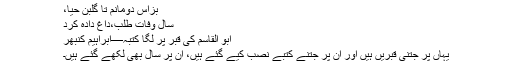
بزاس دومانم تا گلبن حیا،
سال وفات طلب،داغ دادہ کرد
ابو القاسم کی قبر پر لگا کتبہ—ابراہیم کنبھر
یہاں پر جتنی قبریں ہیں اور ان پر جتنے کتبے نصب کیے گئے ہیں، ان پر سال بھی لکھے گئے ہیں۔